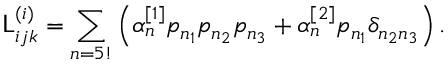
\mathsf { L } _ { i j k } ^ { ( i ) } = \sum _ { n = 5 ! } \left( \alpha _ { n } ^ { [ 1 ] } p _ { n _ { 1 } } p _ { n _ { 2 } } p _ { n _ { 3 } } + \alpha _ { n } ^ { [ 2 ] } p _ { n _ { 1 } } \delta _ { n _ { 2 } n _ { 3 } } \right) .